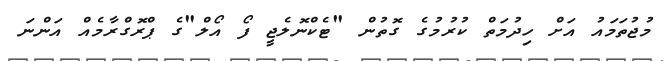
މުޖުތަމައު އަށް ހިދުމަތް ކުރުމުގެ ގޮތުން "ޓެކްނޮލެޖީ ފޯ އޯލް"ގެ ޕްރޮގްރާމެއް އަންނަ